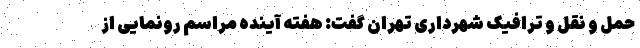
حمل و نقل و ترافیک شهرداری تهران گفت: هفته آینده مراسم رونمایی از